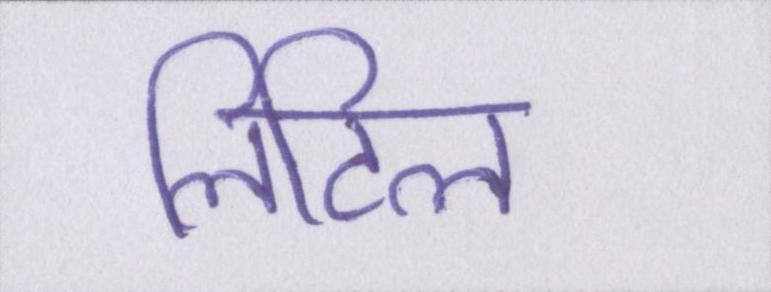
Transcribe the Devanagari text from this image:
लिटिल